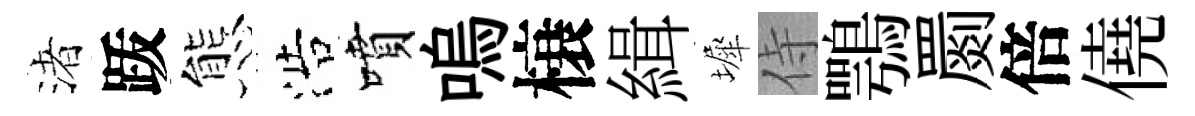
渚䟦態浩噴嗚榱緝墀侍鶚罽倍僥